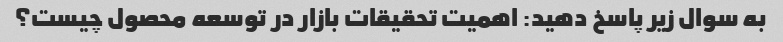
به سوال زیر پاسخ دهید: اهمیت تحقیقات بازار در توسعه محصول چیست؟